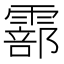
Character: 𩅇